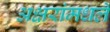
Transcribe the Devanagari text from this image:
अक्षरांमधले